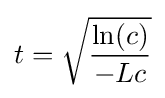
t={\sqrt {\frac {\ln(c)}{-Lc}}}